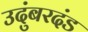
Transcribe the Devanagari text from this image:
उदुंबरदंड